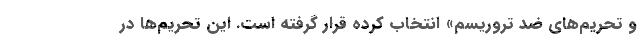
و تحریم‌های ضد تروریسم» انتخاب کرده قرار گرفته است. این تحریم‌ها در